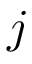
j